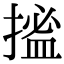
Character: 𢱮